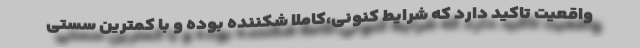
واقعیت تاکید دارد که شرایط کنونی،کاملاً شکننده بوده و با کمترین سستی